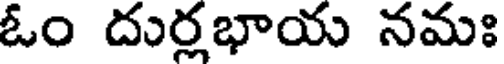
ఓం దుర్లభాయ నమః